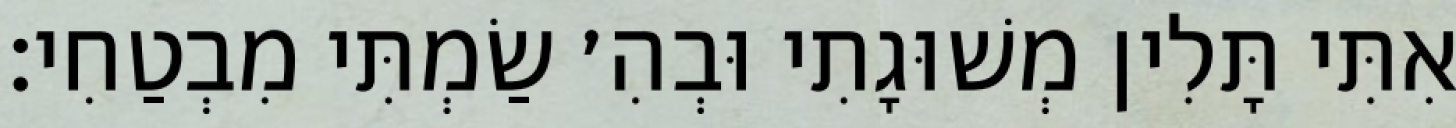
אִתִּי תָּלִין מְשׁוּגָתִי וּבְהִ׳ שַׂמְתִּי מִבְטַחִי: